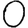
Digit: 0